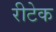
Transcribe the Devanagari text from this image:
रीटेक